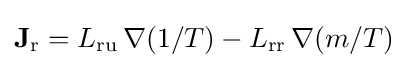
\mathbf {J} _{\text{r}}=L_{\text{ru}}\,\nabla (1/T)-L_{\text{rr}}\,\nabla (m/T)